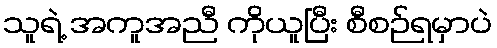
သူရဲ့ အကူအညီ ကိုယူပြီး စီစဉ်ရမှာပဲ